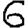
Digit: 6